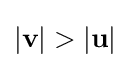
|{\textbf {v}}|>|{\textbf {u}}|